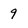
Character: 9